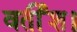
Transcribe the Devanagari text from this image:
वर्तीश।